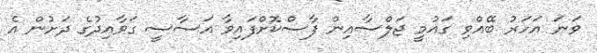
ވަނަ އަހަރު ބޭއްވި ގައުމީ ޖަލްސާއިން ފާސްކޮށްފައިވާ އަސާސީ ގަވާއިދުގެ ދަށުން އެ